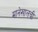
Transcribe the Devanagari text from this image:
मानेखालची